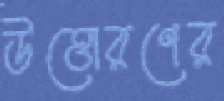
উত্তোরণের